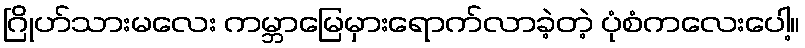
ဂြိုဟ်သားမလေး ကမ္ဘာမြေမှားရောက်လာခဲ့တဲ့ ပုံစံကလေးပေါ့။